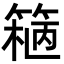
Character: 𬕢